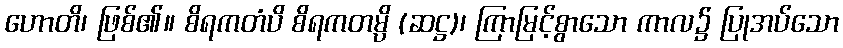
ဟောတိ၊ ဖြစ်၏။ စိရကတံပိ စိရကတမ္ပိ (ဆဋ္ဌ)၊ ကြာမြင့်စွာသော ကာလ၌ ပြုအပ်သော